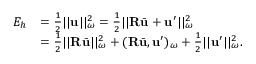
\begin{array} { r l } { E _ { h } } & { = \frac { 1 } { 2 } | | \mathbf { u } | | _ { \omega } ^ { 2 } = \frac { 1 } { 2 } | | \mathbf { R } \bar { \mathbf { u } } + \mathbf { u } ^ { \prime } | | _ { \omega } ^ { 2 } } \\ & { = \frac { 1 } { 2 } | | \mathbf { R } \bar { \mathbf { u } } | | _ { \omega } ^ { 2 } + ( \mathbf { R } \bar { \mathbf { u } } , \mathbf { u } ^ { \prime } ) _ { \omega } + \frac { 1 } { 2 } | | \mathbf { u } ^ { \prime } | | _ { \omega } ^ { 2 } . } \end{array}